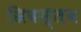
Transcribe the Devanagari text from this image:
स्रिवस्तव